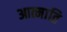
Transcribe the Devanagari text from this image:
आत्माति